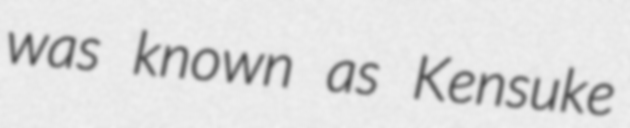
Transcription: was known as Kensuke